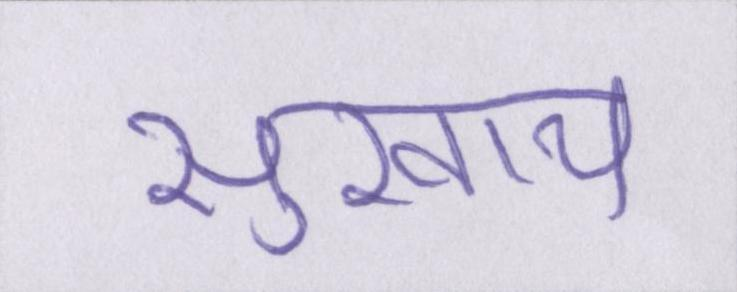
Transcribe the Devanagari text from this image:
सुखाय